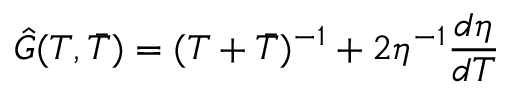
\hat { G } ( T , \bar { T } ) = ( T + \bar { T } ) ^ { - 1 } + 2 \eta ^ { - 1 } \frac { d \eta } { d T }